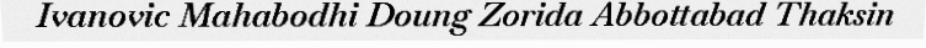
Ivanovic Mahabodhi Doung Zorida Abbottabad Thaksin